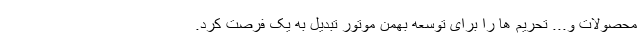
محصولات و... تحریم ها را برای توسعه بهمن موتور تبدیل به یک فرصت کرد.